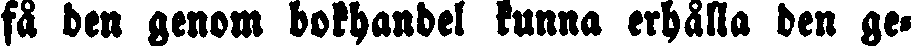
få den genom bokhandel kunna erhålla den ge-